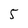
Character: 5